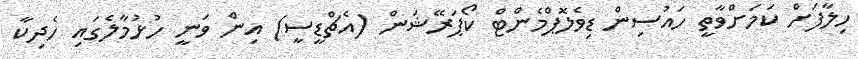
ހިލާފަށް ކަމަށްވާތީ ހައުސިން ޑިވެލޮޕްމެންޓް ކޯޕަރޭޝަން (އެޗްޑީސީ) އިން ވަނީ ހުޅުމާލެގައި ހެދިކާ